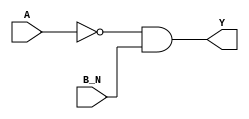
/*
 * Copyright 2020 The SkyWater PDK Authors
 *
 * Licensed under the Apache License, Version 2.0 (the "License");
 * you may not use this file except in compliance with the License.
 * You may obtain a copy of the License at
 *
 *     https://www.apache.org/licenses/LICENSE-2.0
 *
 * Unless required by applicable law or agreed to in writing, software
 * distributed under the License is distributed on an "AS IS" BASIS,
 * WITHOUT WARRANTIES OR CONDITIONS OF ANY KIND, either express or implied.
 * See the License for the specific language governing permissions and
 * limitations under the License.
 *
 * SPDX-License-Identifier: Apache-2.0
*/


`ifndef SKY130_FD_SC_HD__NOR2B_BEHAVIORAL_V
`define SKY130_FD_SC_HD__NOR2B_BEHAVIORAL_V

/**
 * nor2b: 2-input NOR, first input inverted.
 *
 *        Y = !(A | B | C | !D)
 *
 * Verilog simulation functional model.
 */

`timescale 1ns / 1ps
`default_nettype none

`celldefine
module sky130_fd_sc_hd__nor2b (
    Y  ,
    A  ,
    B_N
);

    // Module ports
    output Y  ;
    input  A  ;
    input  B_N;

    // Module supplies
    supply1 VPWR;
    supply0 VGND;
    supply1 VPB ;
    supply0 VNB ;

    // Local signals
    wire not0_out  ;
    wire and0_out_Y;

    //  Name  Output      Other arguments
    not not0 (not0_out  , A              );
    and and0 (and0_out_Y, not0_out, B_N  );
    buf buf0 (Y         , and0_out_Y     );

endmodule
`endcelldefine

`default_nettype wire
`endif  // SKY130_FD_SC_HD__NOR2B_BEHAVIORAL_V